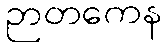
ဉာတကေန